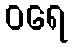
ဝရေ